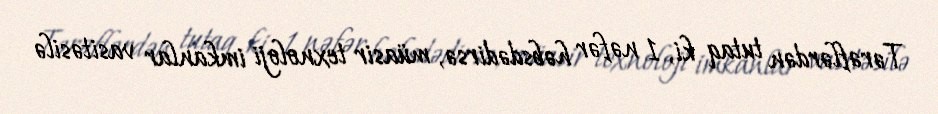
Tərəflərdən tutaq ki, 1 nəfər həbsdədirsə, müasir texnoloji imkanlar vasitəsilə